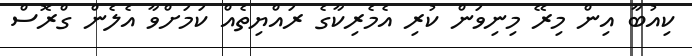
ކިއުބާ އިން މިރޭ މިނިވަން ކުރި އެމެރިކާގެ ރައްޔިތެއް ކަމަށްވާ އެލެން ގްރޮސް